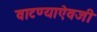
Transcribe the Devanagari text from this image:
वाटण्याऐवजी